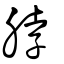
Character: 脖